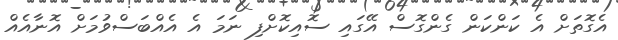
އެގޮތަށް އެ ކަންކަން ގެންގޮސް އޭގައި ސޮއިކޮށްފި ނަމަ އެ އެއްބަސްވުމަށް އޮނާއެއް